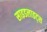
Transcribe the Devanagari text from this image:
साइडलाइट्स